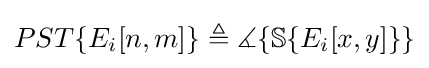
PST\{E_{i}[n,m]\}\triangleq \measuredangle \{\mathbb {S} \{E_{i}[x,y]\}\}